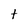
Character: t